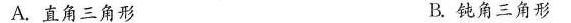
A.直角三角形 B.钝角三角形